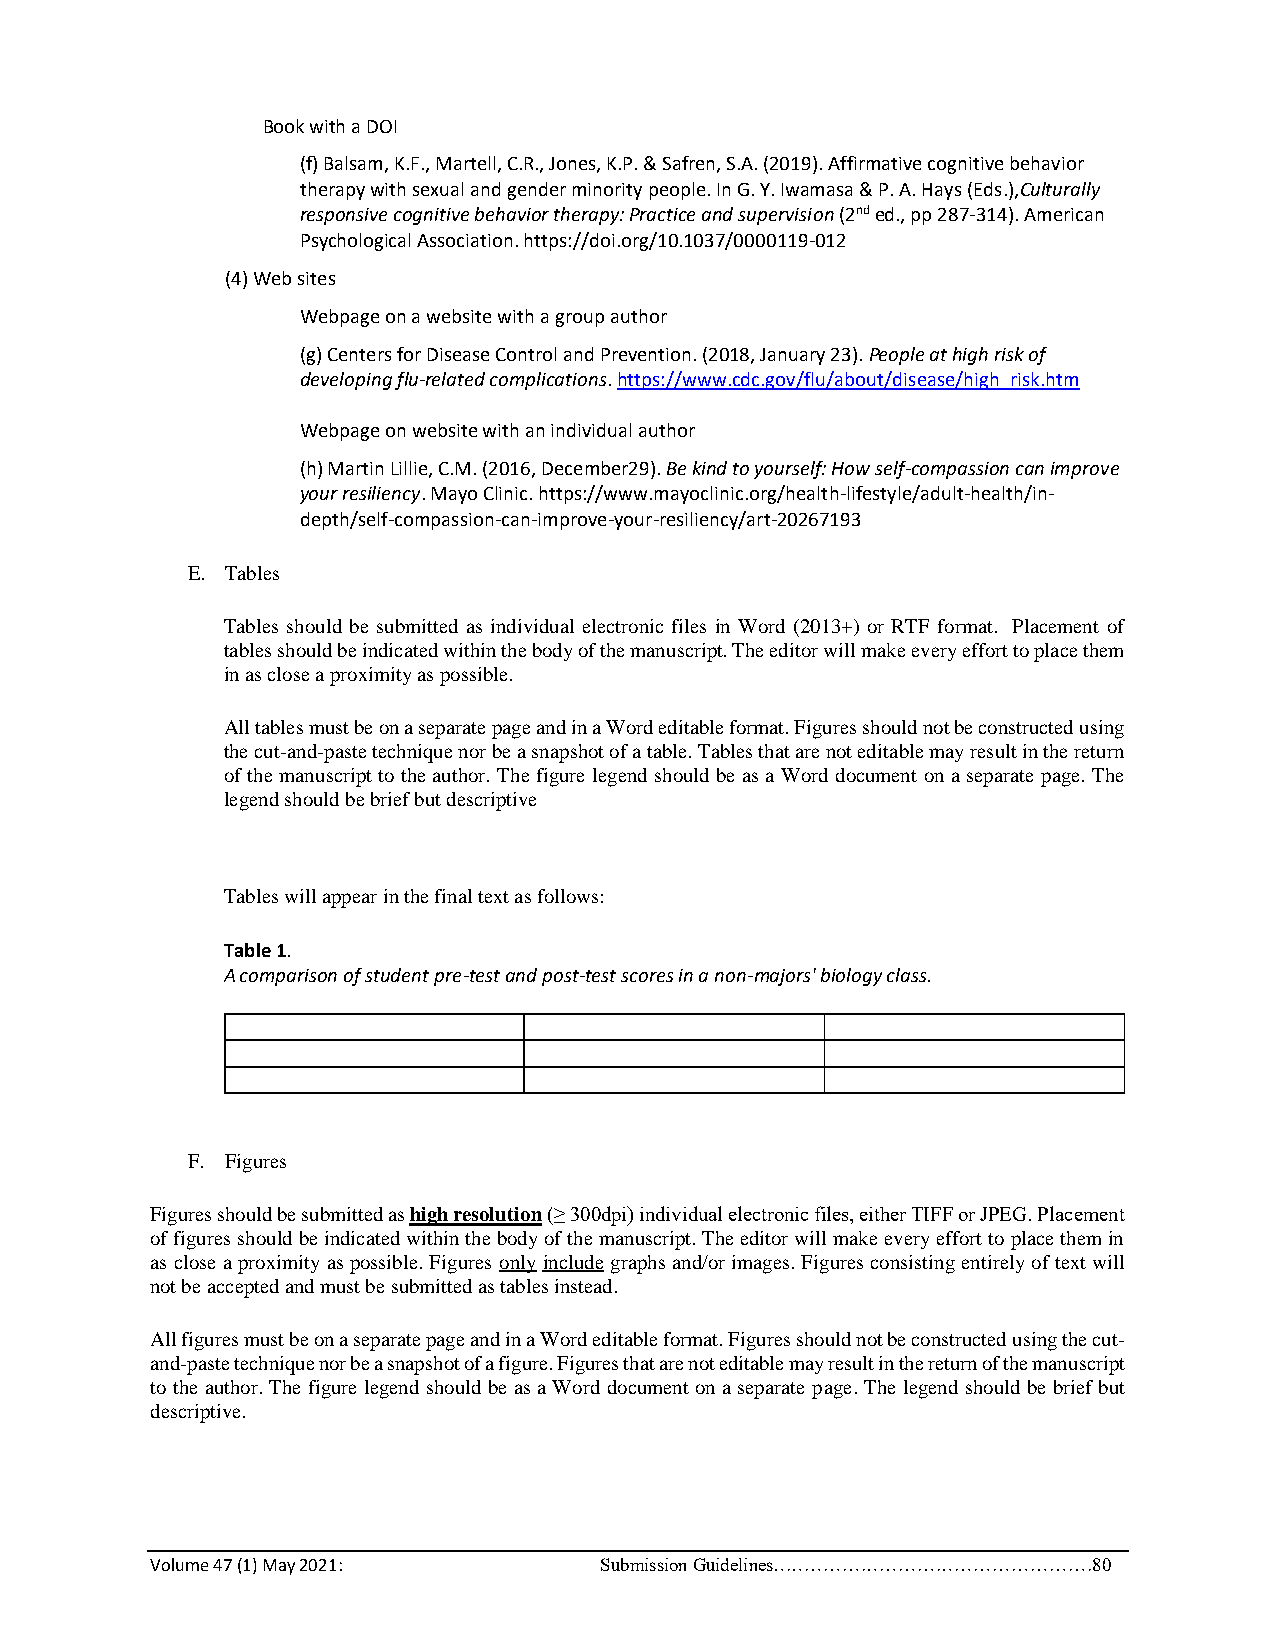
Book with a DOI
 (f) Balsam, K.F., Martell, C.R., Jones, K.P. & Safren, S.A. (2019). Affirmative cognitive behavior
 therapy with sexual and gender minority people. In G. Y. Iwamasa & P. A. Hays (Eds.),Culturally
 responsive cognitive behavior therapy: Practice and supervision (2nd ed., pp 287-314). American
 Psychological Association. https://doi.org/10.1037/0000119-012
 (4) Web sites
 Webpage on a website with a group author
 (g) Centers for Disease Control and Prevention. (2018, January 23). People at high risk of
 developing flu-related complications. https://www.cdc.gov/flu/about/disease/high_risk.htm
 Webpage on website with an individual author
 (h) Martin Lillie, C.M. (2016, December29). Be kind to yourself: How self-compassion can improve
 your resiliency. Mayo Clinic. https://www.mayoclinic.org/health-lifestyle/adult-health/in-
 depth/self-compassion-can-improve-your-resiliency/art-20267193
 E. Tables
 Tables should be submitted as individual electronic files in Word (2013+) or RTF format. Placement of
 tables should be indicated within the body of the manuscript. The editor will make every effort to place them
 in as close a proximity as possible.
 All tables must be on a separate page and in a Word editable format. Figures should not be constructed using
 the cut-and-paste technique nor be a snapshot of a table. Tables that are not editable may result in the return
 of the manuscript to the author. The figure legend should be as a Word document on a separate page. The
 legend should be brief but descriptive
 Tables will appear in the final text as follows:
 Table 1.
 A comparison of student pre-test and post-test scores in a non-majors' biology class.
 F. Figures
 Figures should be submitted as high resolution (≥ 300dpi) individual electronic files, either TIFF or JPEG. Placement
 of figures should be indicated within the body of the manuscript. The editor will make every effort to place them in
 as close a proximity as possible. Figures only include graphs and/or images. Figures consisting entirely of text will
 not be accepted and must be submitted as tables instead.
 All figures must be on a separate page and in a Word editable format. Figures should not be constructed using the cut-
 and-paste technique nor be a snapshot of a figure. Figures that are not editable may result in the return of the manuscript
 to the author. The figure legend should be as a Word document on a separate page. The legend should be brief but
 descriptive.
 Volume 47 (1) May 2021:       Submission Guidelines……………………………………………80